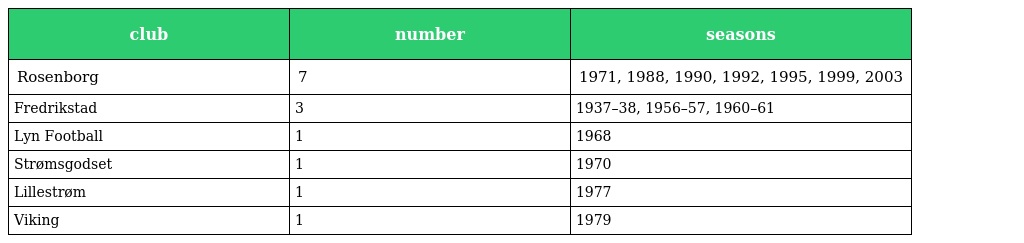
| club | number | seasons |
 | --- | --- | --- |
 | Rosenborg | 7 | 1971, 1988, 1990, 1992, 1995, 1999, 2003 |
 | Fredrikstad | 3 | 1937–38, 1956–57, 1960–61 |
 | Lyn Football | 1 | 1968 |
 | Strømsgodset | 1 | 1970 |
 | Lillestrøm | 1 | 1977 |
 | Viking | 1 | 1979 |